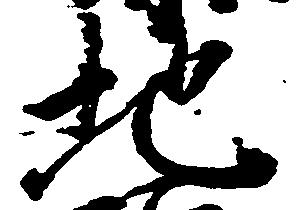
地